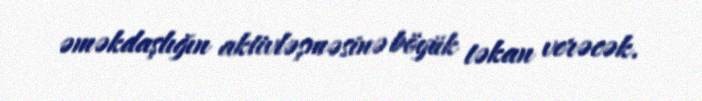
əməkdaşlığın aktivləşməsinə böyük təkan verəcək.